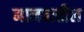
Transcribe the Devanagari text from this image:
मानवातील